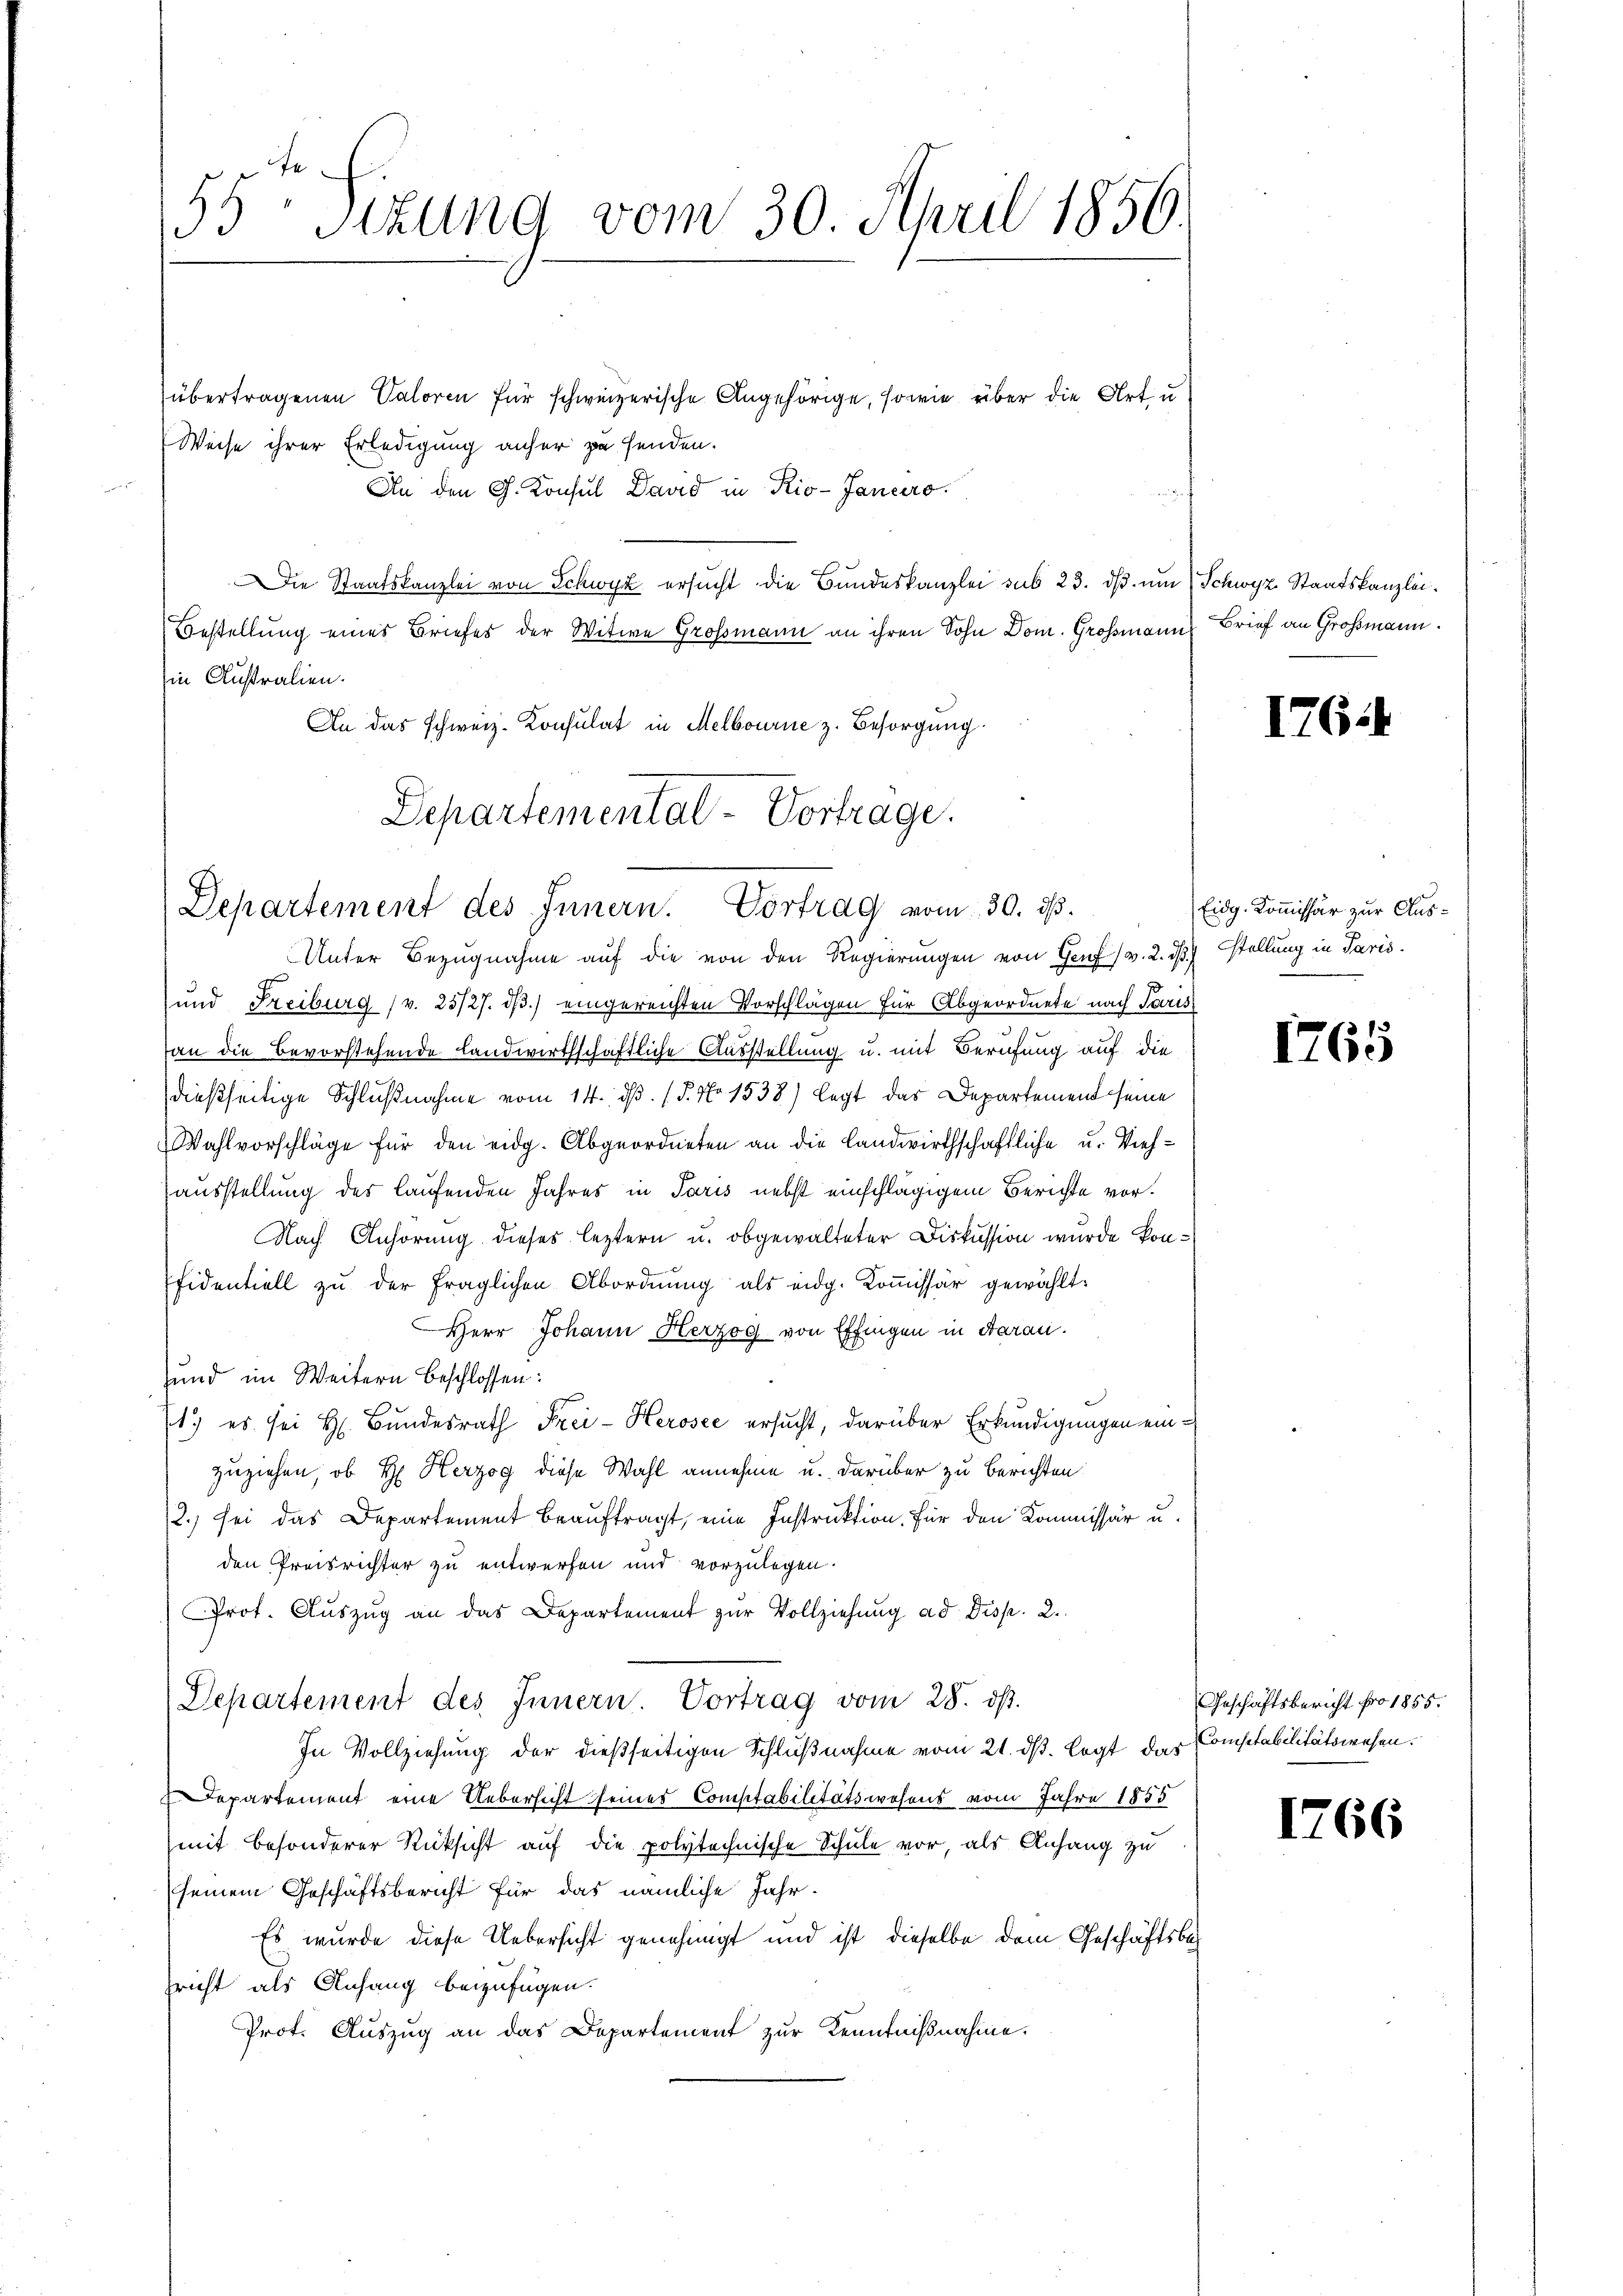
d
35 sizung vom 30. April 1856.

übertragenen Valoren für schweizerische Angehörige, sowie über die Art u.
Weise ihrer Erledigung anher zu senden.
An den G. Konsul David in Rio-Jancero
Die Staatskanzlei von Schwyz ersucht die Bundeskanzlei sub 23. dβ. um Schwyz Staatskanzlei.
Bestellung eines Briefes der Witwe Großmann an ihren Sohn Dom. Großmann Brief an Großmann.
in Australien.
An das schweiz. Konsulat in Melbourne z. Besorgung.

Departemental-Vortrage.
Departement des Innern. Vortrag vom 30. ds.

Unter Bezugnahme auf die von den Regierungen von Genf (v. 2. ds. stellung in Paris.
und Freiburg (v. 25/27. dβ.) eingereichten Vorschlägen für Abgeordnete nach Paris
an die Bevorstehende Landwirthschaftliche Ausstellung u. mit Berufung auf die
dießseitige Schlußnahme vom 14. ds. (T. No 1538) legt das Departement seine
Wahlvorschläge für den eidg. Abgeordneten an die Landwirthschaftliche u. Viehausstellung des laufenden Jahres in Paris nebst einschlägigem Berichte vor.
Nach Anhörung dieses leztern u. obgewalteter Diskussion wurde konfidentiell zu der fraglichen Abordnung als eidg. Kommissär gewählt.
Herr Johann Herzog von Effingen in Saran.
und im Weitern beschlossen:
1.) es sei H. Bundesrath Frei-Herosee ersucht, darüber Erkundigungen einzuziehen, ob Hr. Herzog diese Wahl annehme u. darüber zu berichten
2.) sei das Departement beauftragt, eine Instruktion. Für den Kommissär u.
den Preisrichter zu entwerfen und vorzulegen.
Prot. Aŭszŭg an das Departement zŭr Vollziehung ad Disp. 2.
Departement des Innern. Vortrag vom 28. ds.
In Vollziehung der dießseitigen Schlußnahme vom 21. ds. legt das Constabilitätswesen.
Departement eine Uebersicht seines Constabilitätswesens vom Jahre 1855
mit besonderer Rücksicht auf die polytechnische Schule vor, als Anhang zu
seinem Geschäftsbericht für das nämliche Jahr.
Es wurde diese Uebersicht genehmigt und ist dieselbe dem Geschäftsbe¬
Gricht als Anfang beizufügen.
Prot. Auszug an das Departement zur Kenntnißnahme.

I76.

Eidg. Kommissär zur Aus¬

1265

Geschäftsbericht pro 1855.

1766